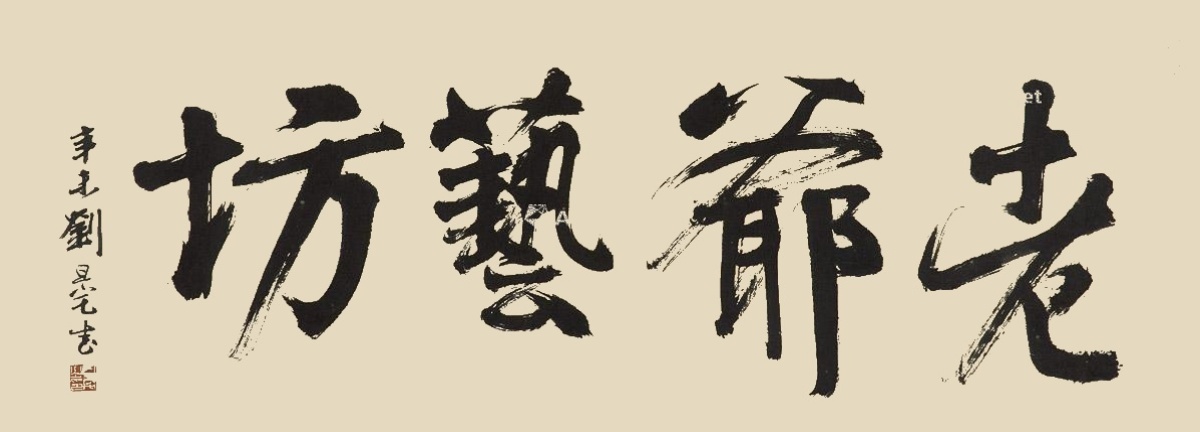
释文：老爷艺坊。辛巳刘旦宅书。